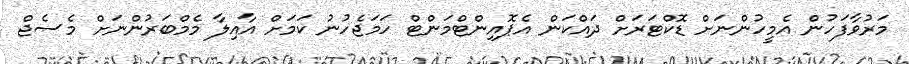
މަރުވާފަހުން އެމީހުންނަށް ޑޮކްޓަރަށް ދައްކަން އެޕޮއިންޓްމަންޓް ހަމަޖެހުނު ކަމަށް އާއިލާ މެމްބަރުންނަށް މެސެޖް